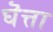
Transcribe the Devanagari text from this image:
घॆत्ता